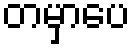
တမှာပေ